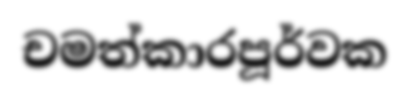
චමත්කාරපූර්වක